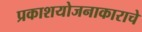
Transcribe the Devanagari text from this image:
प्रकाशयोजनाकाराचे